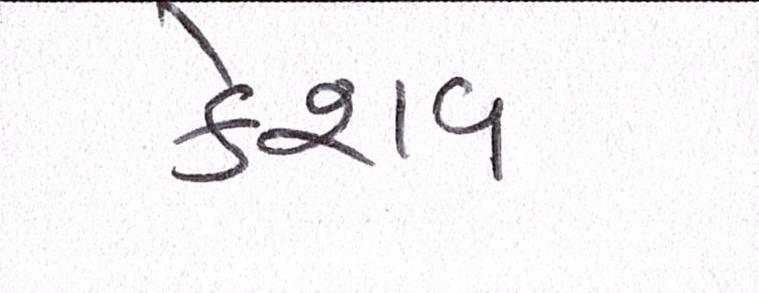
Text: કેશવ